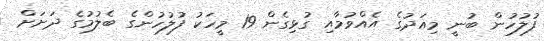
ފުލުހުން ބުނީ މިއަދުގެ އެއްވުމާއި ގުޅިގެން 19 މީހަކު ފުލުހުންގެ ބެލުމުގެ ދަށަށް